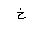
Letter: _kha